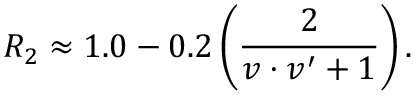
R _ { 2 } \approx 1 . 0 - 0 . 2 \, \bigg ( { \frac { 2 } { v \cdot v ^ { \prime } + 1 } } \bigg ) \, .